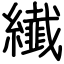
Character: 纎